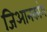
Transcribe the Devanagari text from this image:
जिआनकांग